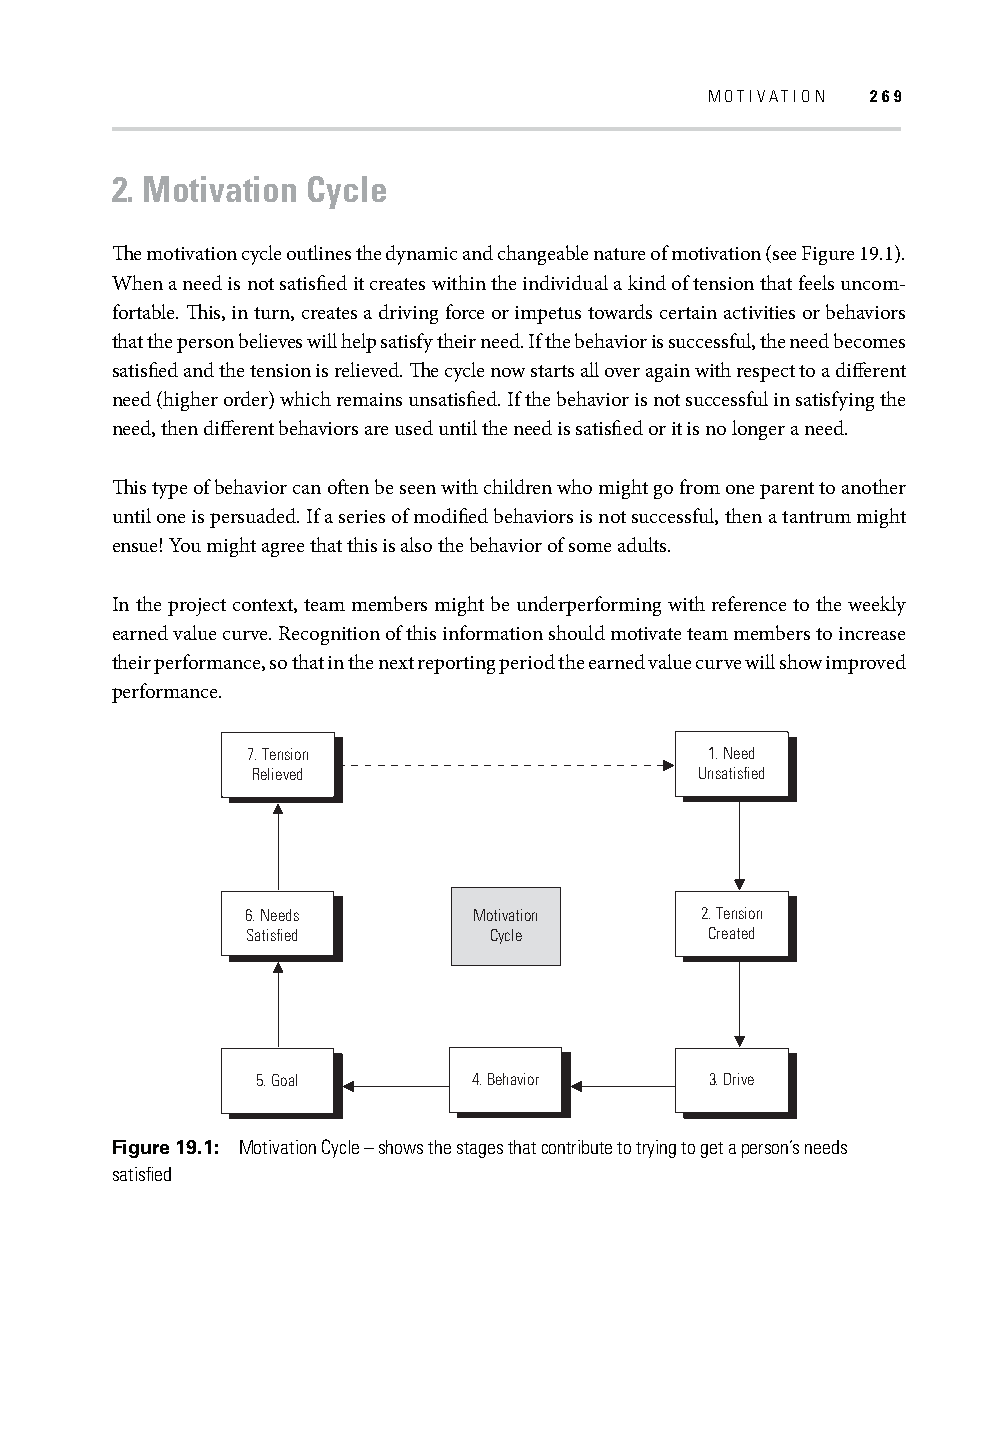
MOTIVATION 269
 2. Motivation Cycle
 Th e motivation cycle outlines the dynamic and changeable nature of motivation (see Figure 19.1).
 When a need is not satisfi ed it creates within the individual a kind of tension that feels uncom-
 fortable. Th is, in turn, creates a driving force or impetus towards certain activities or behaviors
 that the person believes will help satisfy their need. If the behavior is successful, the need becomes
 satisfi ed and the tension is relieved. Th e cycle now starts all over again with respect to a diff erent
 need (higher order) which remains unsatisfi ed. If the behavior is not successful in satisfying the
 need, then diff erent behaviors are used until the need is satisfi ed or it is no longer a need.
 Th is type of behavior can oft en be seen with children who might go from one parent to another
 until one is persuaded. If a series of modifi ed behaviors is not successful, then a tantrum might
 ensue! You might agree that this is also the behavior of some adults.
 In the project context, team members might be underperforming with reference to the weekly
 earned value curve. Recognition of this information should motivate team members to increase
 their performance, so that in the next reporting period the earned value curve will show improved
 performance.
 7. Tension                     1. Need
 Relieved                     Unsatisfied
 6. Needs       Motivation     2. Tension
 Satisfied       Cycle          Created
 5. Goal       4. Behavior     3. Drive
 Figure 19.1: Motivation Cycle – shows the stages that contribute to trying to get a person’s needs
 satisfi ed